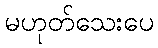
မဟုတ်သေးပေ